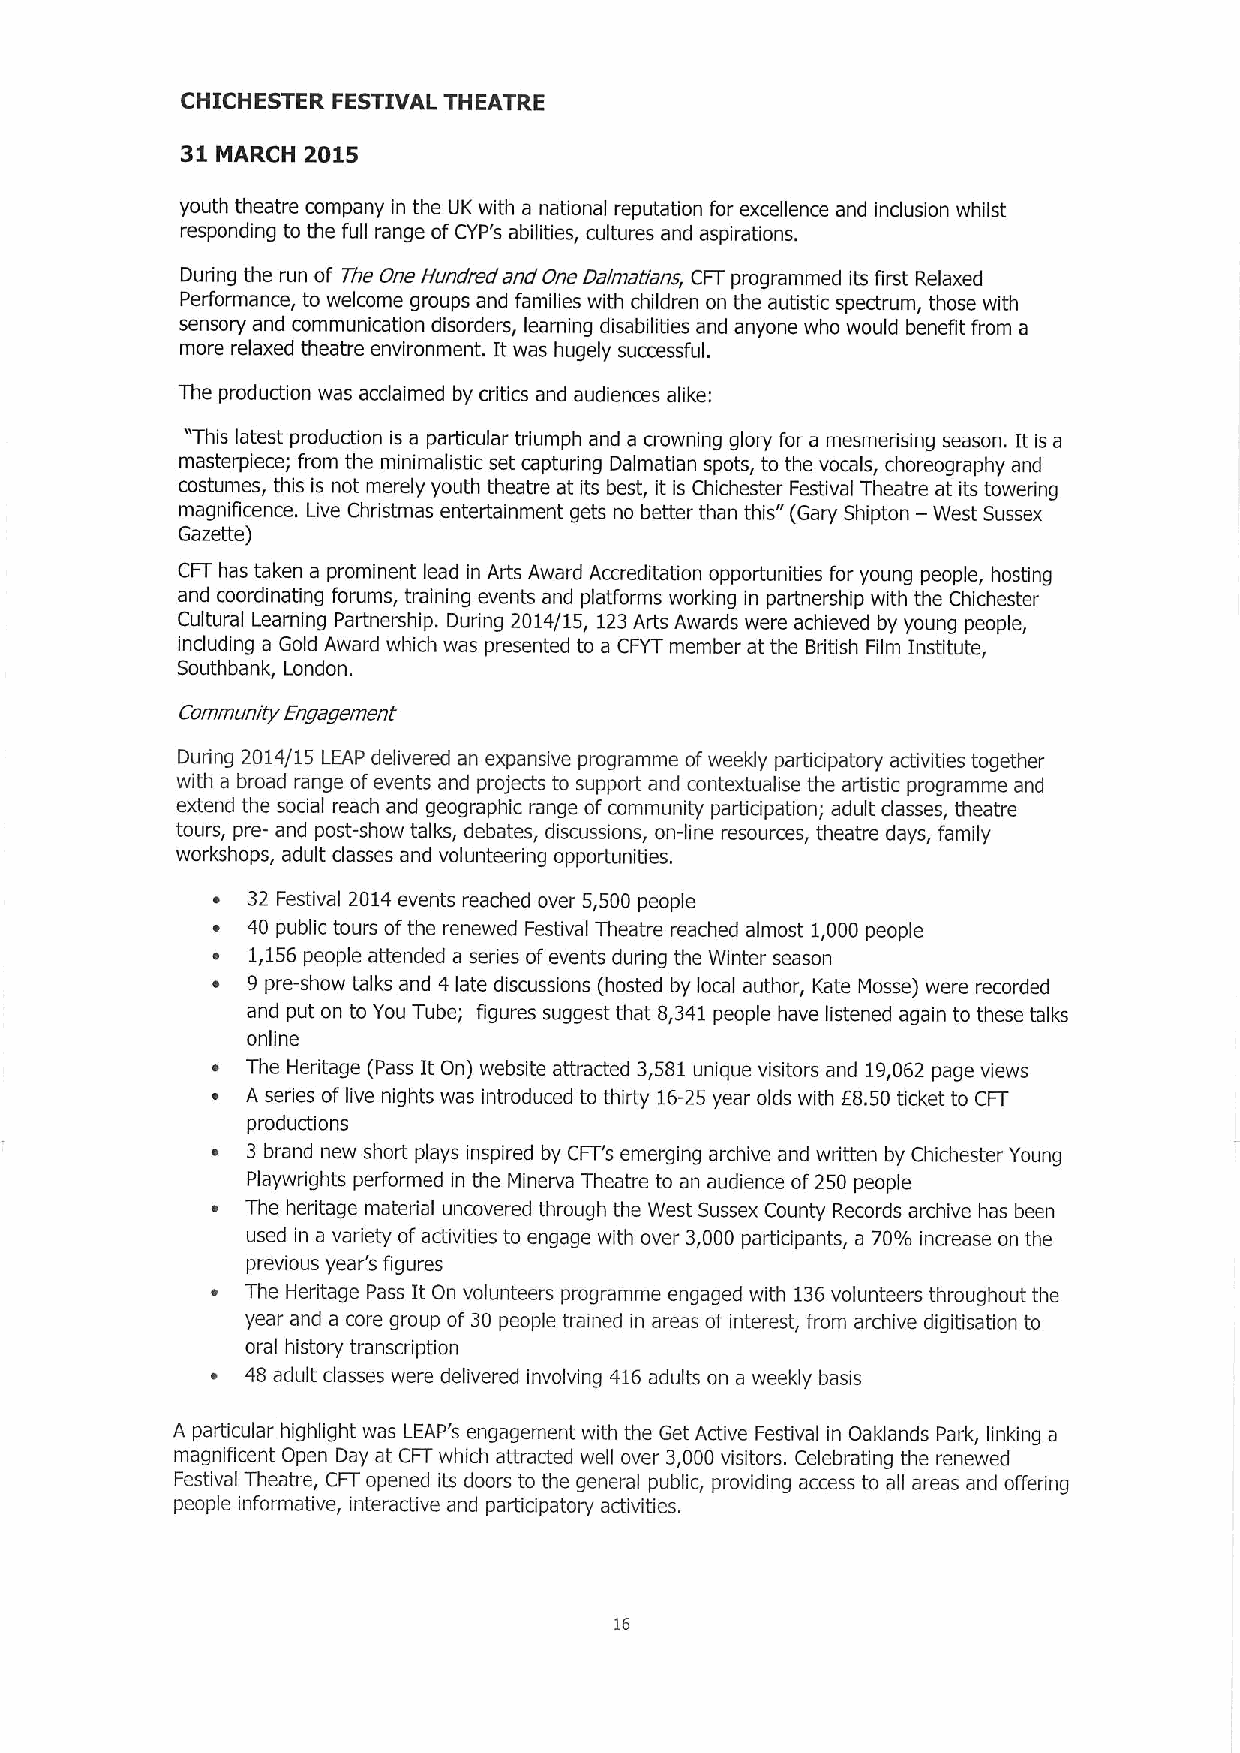
CHICHESTER FESTIVAL THEATRE
 31 MARCH 2015
 youth theatre company in the UK with a national reputation for excellence and inclusion whilst
 responding to the full range ofCYP's abilities, cultures and aspirations.
 During the run of The One Hundred and One Oaimatians, CFT programmed its first Relaxed
 Performance, to welcome groups and families with children on the autistic spectrum, those with
 sensory and communication disorders, learning disabilities and anyone who would benefit from a
 more relaxed theatre environment. It was hugely successful.
 The production was acclaimed by critics and audiences alike:
 "This latest production is a particular triumph and a crowning glory for a mesmerising season. It is a
 masterpiece; from the minimalistic set capturing Dalmatian spots, to the vocals, choreography and
 costumes, this is not merely youth theatre at its best, it is Chichester Festival Theatre at its towering
 magnificence. Live Christmas entertainment gets no better than this" (Gary Shipton — West Sussex
 Gazette)
 CFT has taken a prominent lead in Arts Award Accreditation opportunities for young people, hosting
 and coordinating forums, training events and platforms working in partnership with the Chichester
 Cultural Learning Partnership. During 2014/15, 123Arts Awards were achieved by young people,
 including a Gold Award which was presented to a CFYT member at the British Film Institute,
 Southbank, London.
 Community Engagement
 During 2014/15 LEAP delivered an expansive programme ofweekly participatory activities together
 with a broad range ofevents and projects to support and contextualise the artistic programme and
 extend the social reach and geographic range ofcommunity participation; adult classes, theatre
 tours, pre- and post-show talks, debates, discussions, on-line resources, theatre days, family
 workshops, adult classes and volunteering opportunities.
 ~ 32 Festival 2014 events reached over 5,500 people
 ~ 40 public tours ofthe renewed Festival Theatre reached almost 1,000 people
 o 1,156people attended a series ofevents during the Winter season
 ~ 9 pre-show talks and 4 late discussions (hosted by local author, Kate Mosse) were recorded
 and put on to You Tube; figures suggest that 8,341people have listened again to these talks
 online
 ~ The Heritage (Pass It On) website attracted 3,581 unique visitors and 19,062 page views
 ~ A series of live nights was introduced to thirty 16-25year olds with E8.50 ticket to CFT
 productions
 ~ 3 brand new short plays inspired by CFT's emerging archive and written by Chichester Young
 Playwrights performed in the Minerva Theatre to an audience of250 people
 ~ The heritage material uncovered through the West Sussex County Records archive has been
 used in a variety ofactivities to engage with over 3,000 participants, a 70% increase on the
 previous year's figures
 ~ The Heritage Pass It On volunteers programme engaged with 136volunteers throughout the
 year and a core group of 30 people trained in areas of interest, from archive digitisation to
 oral history transcription
 ~ 48 adult classes were delivered involving 416 adults on a weekly basis
 A particular highlight was LEAP's engagement with the Get Active Festival in Oaldands Park, linking a
 magnificent Open Day at CFTwhich attracted well over 3,000 visitors. Celebrating the renewed
 Festival Theatre, CFTopened its doors to the general public, providing access to all areas and offering
 people informative, interactive and participatory activities.
 16